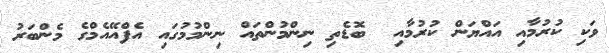
ވަކި ކުރުމާއި އައްޔަން ކުރުމާއި  ބޮޑެތި ނިންމުންތައް ނިންމުމުގައި އެފްއޭއެމްގެ މެންބަރު